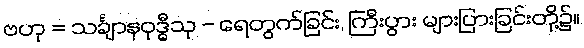
ဗဟု = သင်္ချာနဝုဒ္ဓီသု - ရေတွက်ခြင်း, ကြီးပွား များပြားခြင်းတို့၌။